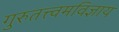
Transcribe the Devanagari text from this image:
गुरुतत्त्वमविज्ञाय